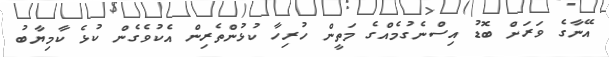
އޭނާގެ ވަރަށް ބޮޑު އިސްނެގުމެއްގެ މަތީން ހުރިހާ ކުޅުންތެރިން އެކުވެގެން ކުޅެ ކާމިޔާބު